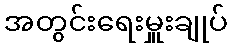
အတွင်းရေးမှူးချုပ်